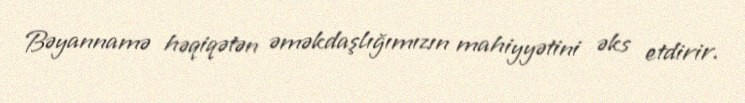
Bəyannamə həqiqətən əməkdaşlığımızın mahiyyətini əks etdirir.